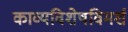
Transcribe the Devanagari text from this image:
काव्यविशेषविमर्श